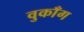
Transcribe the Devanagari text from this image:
वुकाँग